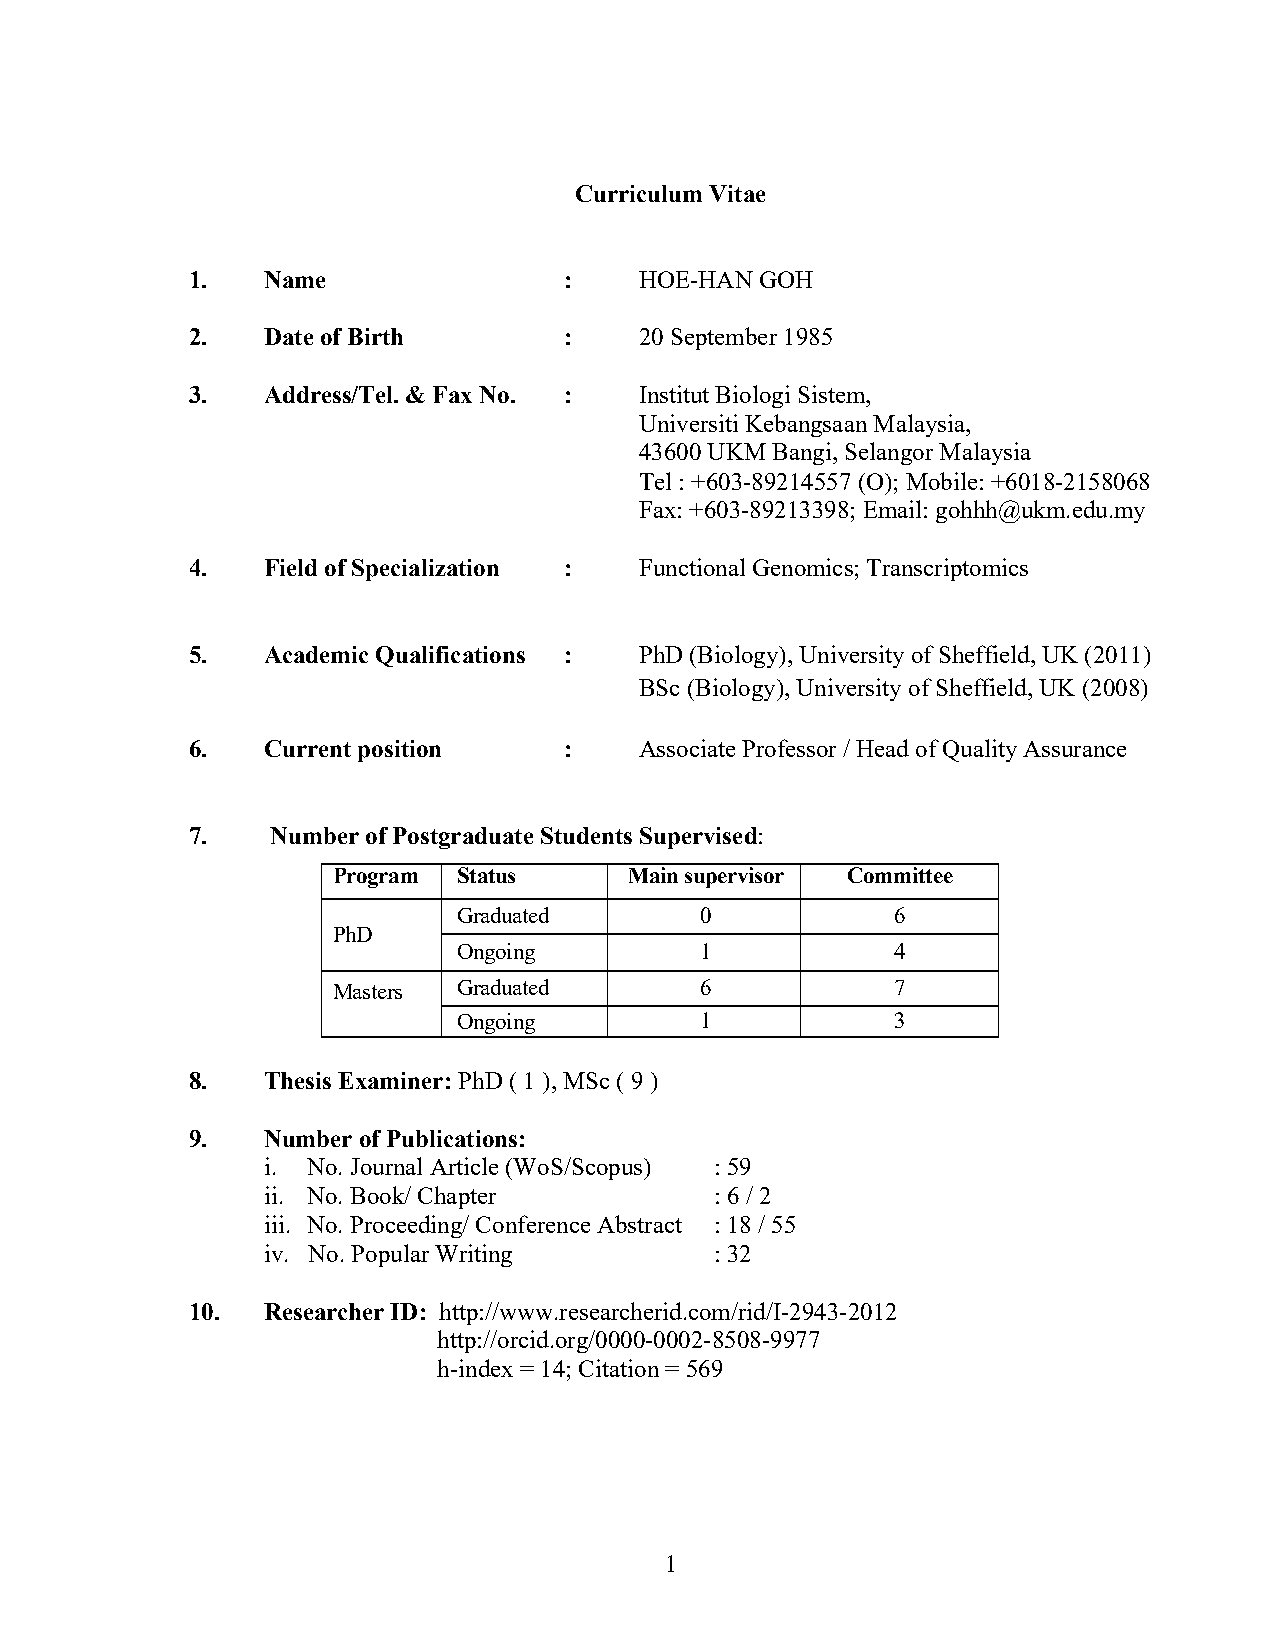
Curriculum Vitae
 1.   Name                :    HOE-HAN GOH
 2.   Date of Birth       :    20 September 1985
 3.   Address/Tel. & Fax No. : Institut Biologi Sistem,
 Universiti Kebangsaan Malaysia,
 43600 UKM Bangi, Selangor Malaysia
 Tel : +603-89214557 (O); Mobile: +6018-2158068
 Fax: +603-89213398; Email: gohhh@ukm.edu.my
 4.   Field of Specialization : Functional Genomics; Transcriptomics
 5.   Academic Qualifications : PhD (Biology), University of Sheffield, UK (2011)
 BSc (Biology), University of Sheffield, UK (2008)
 6.   Current position    :    Associate Professor / Head of Quality Assurance
 7.    Number of Postgraduate Students Supervised:
 Program Status      Main supervisor Committee
 Graduated       0            6
 PhD
 Ongoing         1            4
 Masters Graduated       6            7
 Ongoing         1            3
 8.   Thesis Examiner: PhD ( 1 ), MSc ( 9 )
 9.   Number of Publications:
 i. No. Journal Article (WoS/Scopus) : 59
 ii. No. Book/ Chapter         : 6 / 2
 iii. No. Proceeding/ Conference Abstract : 18 / 55
 iv. No. Popular Writing       : 32
 10.  Researcher ID: http://www.researcherid.com/rid/I-2943-2012
 http://orcid.org/0000-0002-8508-9977
 h-index = 14; Citation = 569
 1